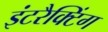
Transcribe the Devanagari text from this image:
इंटरैक्टिंग